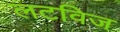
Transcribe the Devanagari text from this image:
लटविज